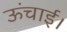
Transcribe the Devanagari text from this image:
ऊंचाई।